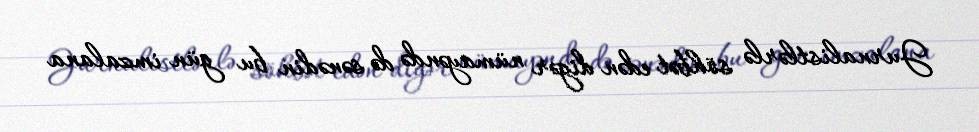
Jurnalistlərlə söhbət edən digər nümayəndə də sənədin bu gün imzalana